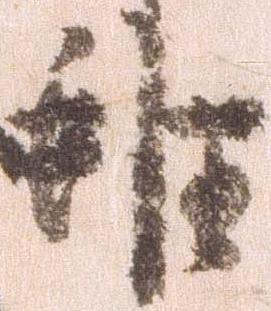
雖